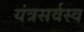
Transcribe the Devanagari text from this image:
यंत्रसर्वस्व